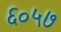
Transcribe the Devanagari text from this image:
६०५७